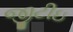
જીટીઇ